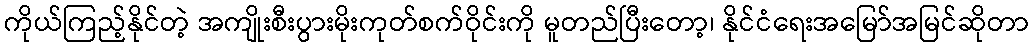
ကိုယ်ကြည့်နိုင်တဲ့ အကျိုးစီးပွားမိုးကုတ်စက်ဝိုင်းကို မူတည်ပြီးတော့၊ နိုင်ငံရေးအမြော်အမြင်ဆိုတာ